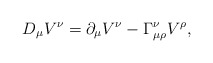
\begin{align*}D_\mu V^\nu = \partial_\mu V^\nu - \Gamma_{\mu\rho}^\nu V^\rho,\end{align*}